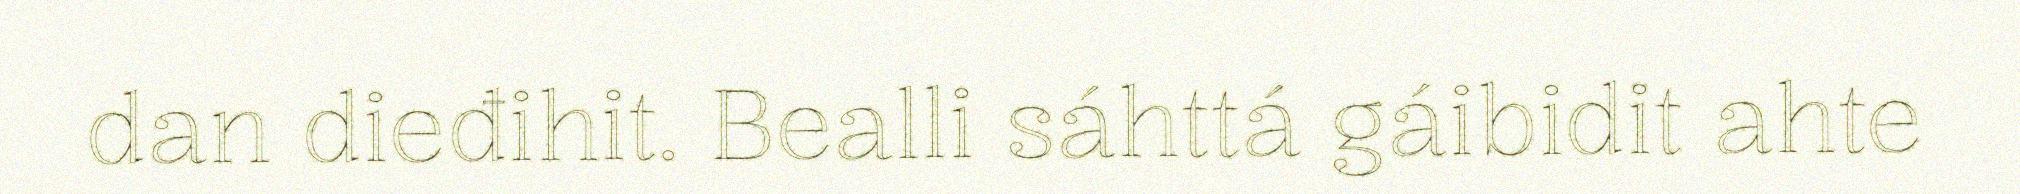
dan dieđihit. Bealli sáhttá gáibidit ahte